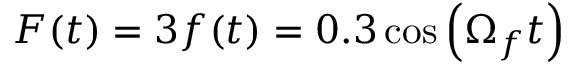
F ( t ) = 3 f ( t ) = 0 . 3 \cos \left( \Omega _ { f } t \right)